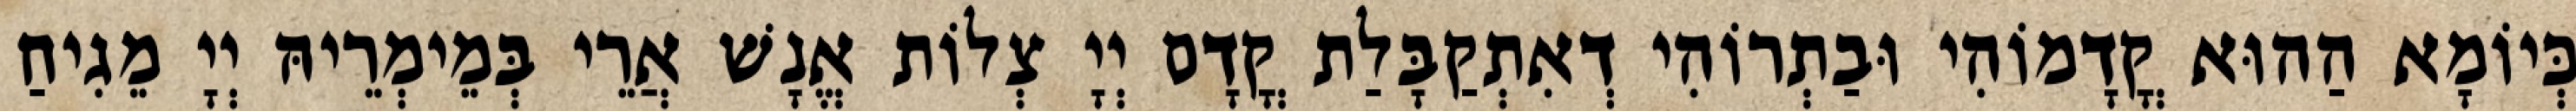
כְּיוֹמָא הַהוּא קֳדָמוֹהִי וּבַתְרוֹהִי דְאִתְקַבָּלַת קֳדָם יְיָ צְלוֹת אֱנָשׁ אֲרֵי בְּמֵימְרֵיהּ יְיָ מֵגִיחַ